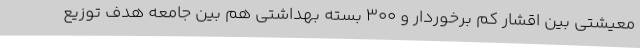
معیشتی بین اقشار کم برخوردار و 300 بسته بهداشتی هم بین جامعه هدف توزیع